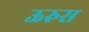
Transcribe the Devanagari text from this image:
ऊरुस